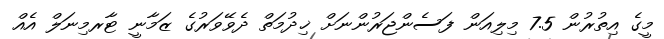
މީގެ އިތުރުން 7.5 މިލިއަން ފަސެންޖަރުންނަށް ޚިދުމަތް ދެވޭވަރުގެ ޒަމާނީ ޓާރމިނަލް އެއް